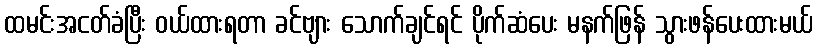
ထမင်းအငတ်ခံပြီး ဝယ်ထားရတာ ခင်ဗျား သောက်ချင်ရင် ပိုက်ဆံပေး မနက်ဖြန် သွားဖန်ပေးထားမယ်